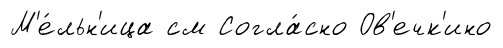
М'е́льн'ица см Согла́сно Ов'ечк'ино